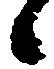
候